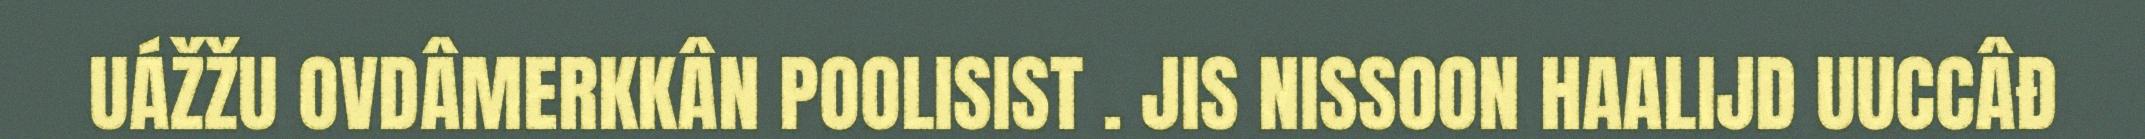
UÁŽŽU OVDÂMERKKÂN POOLISIST . JIS NISSOON HAALIJD UUCCÂĐ